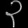
Digit: ၃